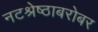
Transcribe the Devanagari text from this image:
नटश्रेष्ठाबरोबर